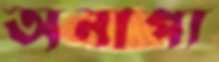
অনাপ্য